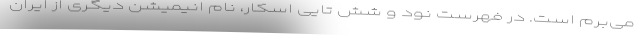
می‌برم است. در فهرست نود و شش تایی اسکار، نام انیمیشن دیگری از ایران